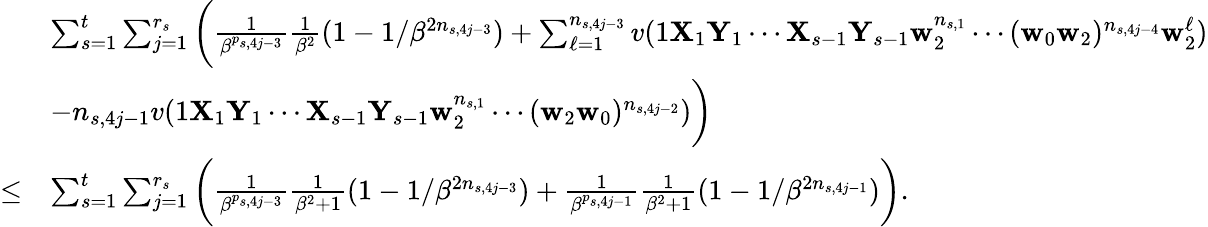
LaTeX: \begin{array}{rl}&{\sum_{s=1}^{t}\sum_{j=1}^{r_{s}}\bigg(\frac 1{\beta^{p_{s,4j-3}}}\frac 1{\beta^{2}}(1-1/\beta^{2n_{s,4j-3}})+\sum_{\ell=1}^{n_{s,4j-3}}v(1\mathbf X_{1}\mathbf Y_{1}\cdots\mathbf X_{s-1}\mathbf Y_{s-1}\mathbf w_{2}^{n_{s,1}}\cdots(\mathbf w_{0}\mathbf w_{2})^{n_{s,4j-4}}\mathbf w_{2}^{\ell})}\\ &{-n_{s,4j-1}v(1\mathbf X_{1}\mathbf Y_{1}\cdots\mathbf X_{s-1}\mathbf Y_{s-1}\mathbf w_{2}^{n_{s,1}}\cdots(\mathbf w_{2}\mathbf w_{0})^{n_{s,4j-2}})\bigg)}\\ {\le}&{\sum_{s=1}^{t}\sum_{j=1}^{r_{s}}\bigg(\frac 1{\beta^{p_{s,4j-3}}}\frac 1{\beta^{2}+1}(1-1/\beta^{2n_{s,4j-3}})+\frac 1{\beta^{p_{s,4j-1}}}\frac 1{\beta^{2}+1}(1-1/\beta^{2n_{s,4j-1}})\bigg).}\end{array}